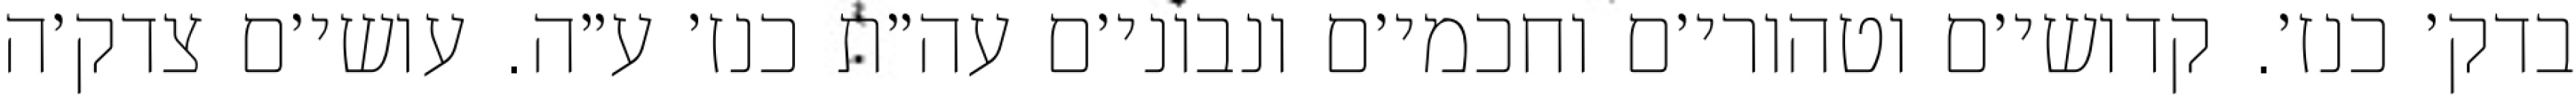
בדק׳ כנז׳. קדושי׳ם וטהורי׳ם וחכמי׳ם ונבוני׳ם עה״ת כנז׳ ע״ה. עושי׳ם צדק׳ה